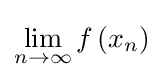
\lim _{n\to \infty }f\left(x_{n}\right)